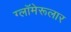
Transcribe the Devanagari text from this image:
ग्लॉमेरूलार